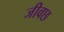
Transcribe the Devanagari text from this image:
जीवछ